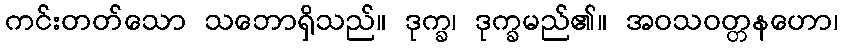
ကင်းတတ်သော သဘောရှိသည်။ ဒုက္ခ၊ ဒုက္ခမည်၏။ အဝသဝတ္တနဟော၊